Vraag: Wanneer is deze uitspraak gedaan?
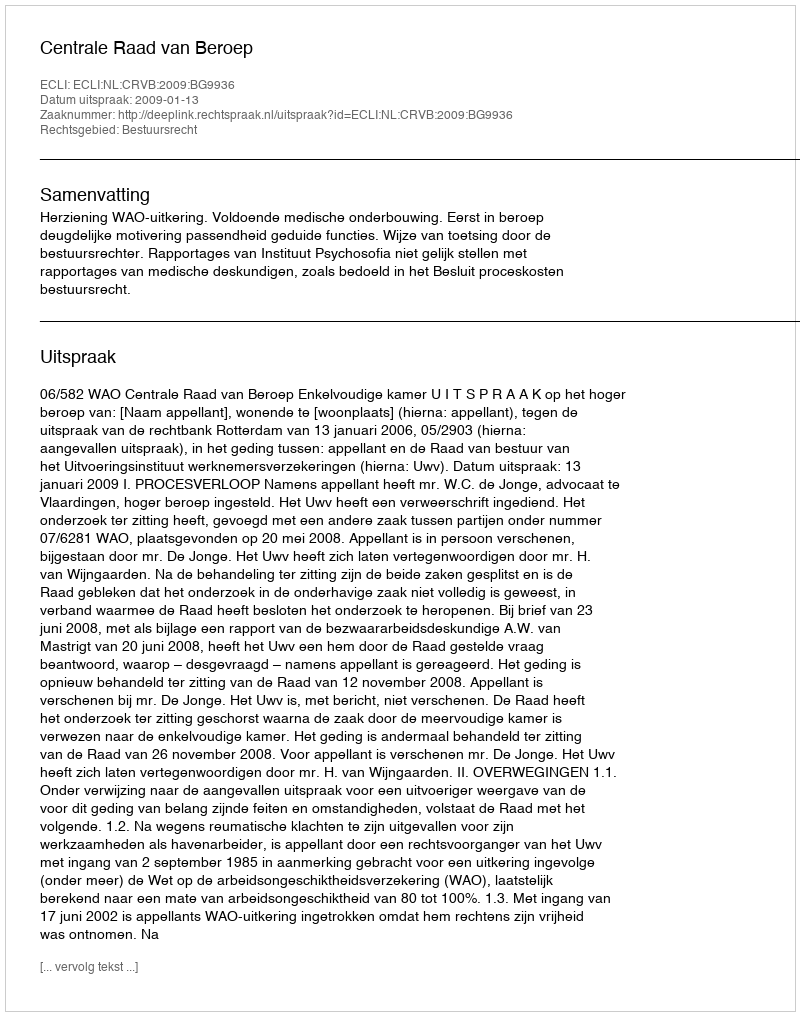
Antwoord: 2009-01-13